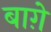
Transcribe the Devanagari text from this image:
बाग़े